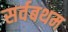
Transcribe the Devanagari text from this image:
सर्वबथम